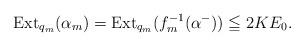
LaTeX: \begin{align*}{\rm Ext}_{ q_m }(\alpha_m)={\rm Ext}_{ q_m }( f_m^{-1}(\alpha^{-}) ) \leqq 2KE_0.\end{align*}